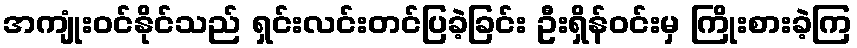
အကျုံးဝင်နိုင်သည် ရှင်းလင်းတင်ပြခဲ့ခြင်း ဦးရှိန်ဝင်းမှ ကြိုးစားခဲ့ကြ